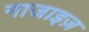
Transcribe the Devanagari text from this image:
नाजाइज़